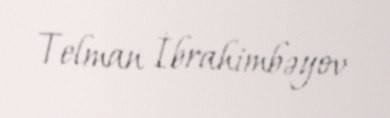
Telman İbrahimbəyov